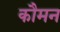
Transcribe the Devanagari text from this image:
कौमन